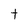
Character: t